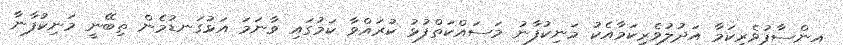
އިންސާފުވެރިކަމާ އަދުލުވެރިކަމާއެކު މަނިކުފާނު މަސައްކަތްފުޅު ކުރައްވާ ކަމުގައި ވާނަމަ އަޅުގަނޑުމެން ތިބޭނީ މަނިކުފާނާ